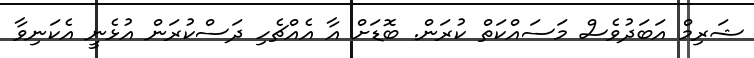
ޝަރިމް އަބަދުވެސް މަސައްކަތް ކުރަން. ބޮޑަށް އާ އެއްޗެހި ދަސްކުރަން އުޅެނީ އެކަނިވާ